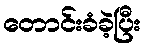
တောင်းခံခဲ့ပြီး